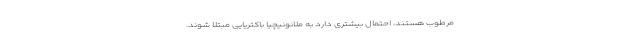
مرطوب هستند، احتمال بیشتری دارد به ملانونیچیا باکتریایی مبتلا شوند.